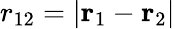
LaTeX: r_{12}=\vert{\mathbf r}_{1}-{\mathbf r}_{2}\vert